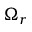
\Omega _ { r }